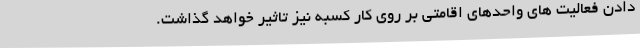
دادن فعالیت های واحدهای اقامتی بر روی کار کسبه نیز تاثیر خواهد گذاشت.